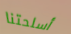
أسلحتنا